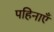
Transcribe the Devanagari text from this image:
पहिनाएँ